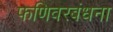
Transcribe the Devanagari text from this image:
फणिवरबंधना